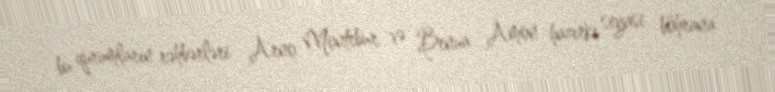
bu qurumların rəhbərləri Arno Montebur və Benua Amon hazırkı siyasi böhrana